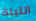
الليلة